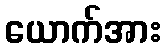
ယောက်အား